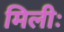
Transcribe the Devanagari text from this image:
मिलीः